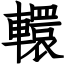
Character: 轘